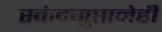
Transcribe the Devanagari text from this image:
स्कंदगुप्तानेही